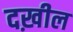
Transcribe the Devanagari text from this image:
दख़ील